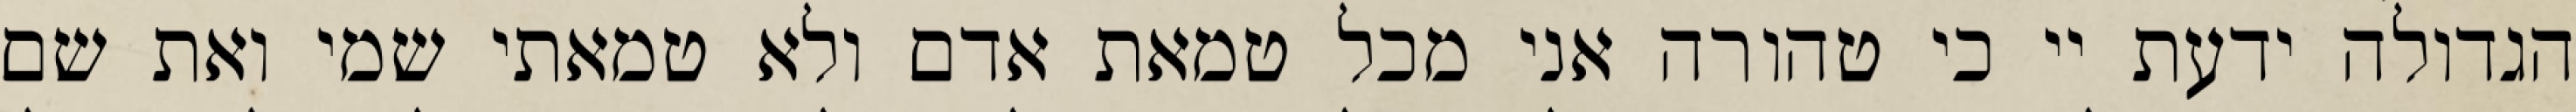
הגדולה ידעת יי כי טהורה אני מכל טמאת אדם ולא טמאתי שמי ואת שם